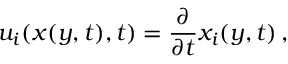
u _ { i } ( x ( y , t ) , t ) = \frac { \partial } { \partial { t } } x _ { i } ( y , t ) \, ,